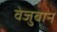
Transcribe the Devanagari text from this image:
वेजुबान